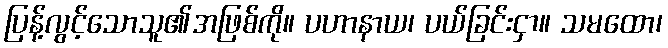
ပြန့်လွင့်သောသူ၏အဖြစ်ကို။ ပဟာနာယ၊ ပယ်ခြင်းငှာ။ သမထော၊